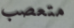
متعصب